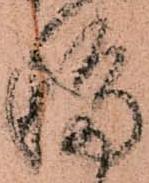
移